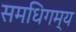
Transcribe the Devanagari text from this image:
समधिगम्य